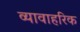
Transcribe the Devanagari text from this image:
व्यावाहरिक